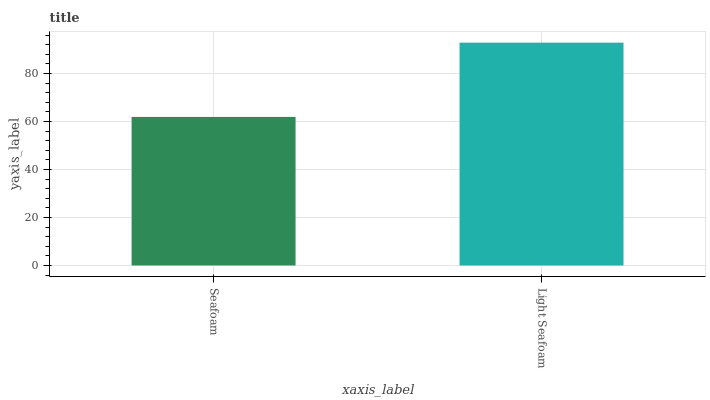
| xaxis_label | bars |
 | --- | --- |
 | Seafoam | 61.9 |
 | Light Seafoam | 92.9 |